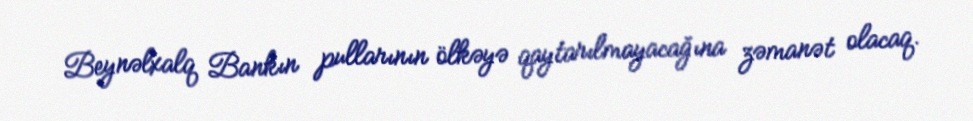
Beynəlxalq Bankın pullarının ölkəyə qaytarılmayacağına zəmanət olacaq.